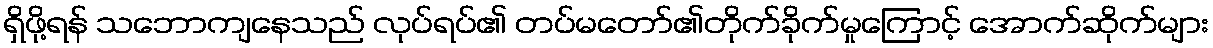
ရှိဖို့ရန် သဘောကျနေသည် လုပ်ရပ်၏ တပ်မတော်၏တိုက်ခိုက်မှုကြောင့် အောက်ဆိုက်များ